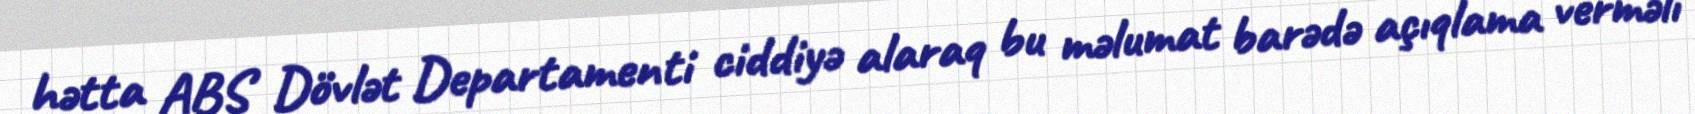
hətta ABŞ Dövlət Departamenti ciddiyə alaraq bu məlumat barədə açıqlama verməli